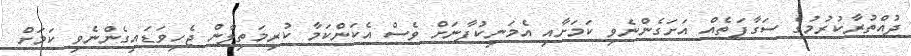
ދުއްތުރާކުރުމުގެ ސަގާފަތެއް އަށަގެންނެވި ކަމަށާއި އެމަނިކުފާނަށް ވެސް އެކަންކަމާ ކުރިމަތިލާން ޖެހިވަޑައިގެންނެވި ކަމަށް